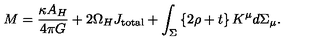
M = { \frac { \kappa A _ { H } } { 4 \pi G } } + 2 \Omega _ { H } J _ { \mathrm { t o t a l } } + \int _ { \Sigma } \left\{ 2 \rho + t \right\} K ^ { \mu } d \Sigma _ { \mu } .